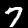
Digit: 7